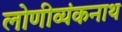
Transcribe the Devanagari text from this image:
लोणीव्यंकनाथ